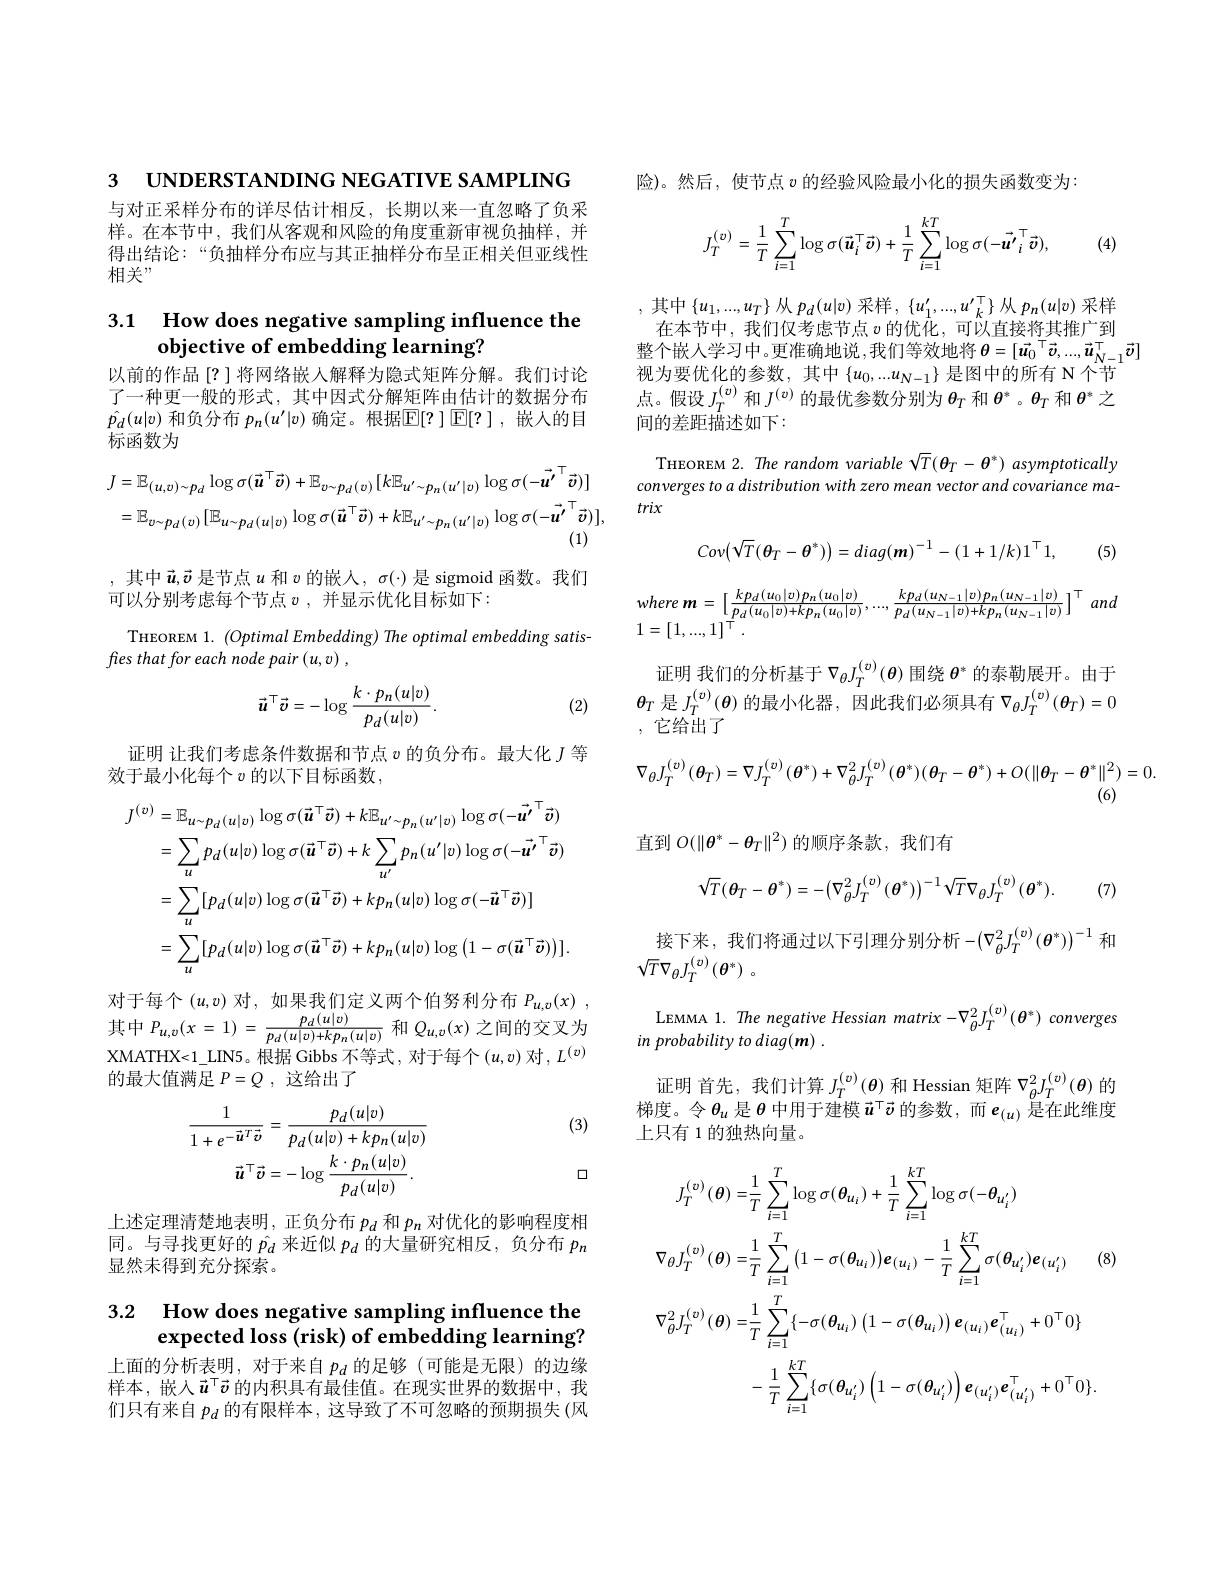
3 $\textbf{UNDERSTANDING NEGATIVE S}$

与对正采样分布的详尽估计相反，长期以来一直忽略了负采样。在本节中，我们从客观和风险的角度重新审视负抽样，并得出结论：“负抽样分布应与其正抽样分布呈正相关但亚线性相关”

## 3.1 How does negative sampli $\textbf{objective of embedding lea}$

以前的作品[?]将网络嵌人解释为隐式矩阵分解。我们讨论了一种更一般的形式，其中因式分解矩阵由估计的数据分布$\hat{p_d}(u|v)$和负分布$p_n(u^{\prime}$ 标函数为
$$J=\mathbb{E}_{(u,v)\sim p_{d}}\log\sigma(\vec{\boldsymbol{u}}^{\top}\vec{\boldsymbol{v}})+\mathbb{E}_{v\sim p_{d}(v)}[k\mathbb{E}_{u^{\prime}\sim p_{n}(u^{\prime}|v)}\log\sigma(-\vec{\boldsymbol{u^{\prime}}}^{\top}\vec{\boldsymbol{v}})]\\=\mathbb{E}_{v\sim p_{d}(v)}[\mathbb{E}_{u\sim p_{d}(u|v)}\log\sigma(\vec{\boldsymbol{u}}^{\top}\vec{\boldsymbol{v}})+k\mathbb{E}_{u^{\prime}\sim p_{n}(u^{\prime}|v)}\log\sigma(-\vec{\boldsymbol{u^{\prime}}}^{\top}\vec{\boldsymbol{v}})],\\\text{(1)}$$
,其中$\vec{\boldsymbol{u}},\vec{\boldsymbol{v}}$是节点
可以分别考虑每个节点$v$,并显示优化目标如下：
THEOREM 1. $(OptimalEmbeddin$
fies that for each node pair
$$\vec{\boldsymbol{u}}^{\top}\vec{\boldsymbol{v}}=-\log\frac{k\cdot p_{n}(u|v)}{p_{d}(u|v)}.$$
(2)

证明 让我们考虑条件数据和节点$v$的负分布。最大化
效于最小化每个$v$的以下目标函数，
$$\begin{aligned}J^{(v)}&=\mathbb{E}_{u\sim p_{d}(u|v)}\log\sigma(\vec{\boldsymbol{u}}^{\top}\vec{\boldsymbol{v}})+k\mathbb{E}_{u^{\prime}\sim p_{n}(u^{\prime}|v)}\log\sigma(-\vec{\boldsymbol{u}^{\prime}}^{\top}\vec{\boldsymbol{v}})\\&=\sum_{u}p_{d}(u|v)\log\sigma(\vec{\boldsymbol{u}}^{\top}\vec{\boldsymbol{v}})+k\sum_{u^{\prime}}p_{n}(u^{\prime}|v)\log\sigma(-\vec{\boldsymbol{u}^{\prime}}^{\top}\vec{\boldsymbol{v}})\\&=\sum_{u}[p_{d}(u|v)\log\sigma(\vec{\boldsymbol{u}}^{\top}\vec{\boldsymbol{v}})+kp_{n}(u|v)\log\sigma(-\vec{\boldsymbol{u}}^{\top}\vec{\boldsymbol{v}})]\\&=\sum_{u}[p_{d}(u|v)\log\sigma(\vec{\boldsymbol{u}}^{\top}\vec{\boldsymbol{v}})+kp_{n}(u|v)\log\left(1-\sigma(\vec{\boldsymbol{u}}^{\top}\vec{\boldsymbol{v}})\right)].\end{aligned}$$
对于每个$(u,v)$对，如果我们定义两个伯努利分布其中$P_{u,v}(x=1)=\frac{p_{d}(u|v)}{p_{d}(u|v)+kp_{n}(u|v)}$和$Q_{u,v}(x)$之间的交叉为XMATHX<1\_LIN5。根据 Gibbs 不等式， 的最大值满足$P= Q$ ,这给出了

(3)
$$\frac{1}{1+e^{-\vec{\boldsymbol{u}}^{T}\vec{\boldsymbol{v}}}}=\frac{p_{d}(u|v)}{p_{d}(u|v)+kp_{n}(u|v)}\\\vec{u}^{\top}\vec{v}=-\log\frac{k\cdot p_{n}(u|v)}{p_{d}(u|v)}.$$
口

上述定理清楚地表明，正负分布$p_d$和$p_n$ 同。与寻找更好的$\hat{p_d}$来近似$p_d$ 显然未得到充分探索。

## 3.2 How does negative samp expected loss (risk) of embe

上面的分析表明，对于来自$p_d$的足够(可能是无限)的边缘样本，嵌入$\vec{u}^{\top}\vec{v}$ 的内积具有最佳值们只有来自$p_d$的有限样本，这导致了不可忽略的

险)。然后，使节点$v$的经验风险最小化的损失函数变
$$J_{T}^{(v)}=\frac{1}{T}\sum_{i=1}^{T}\log\sigma(\vec{\boldsymbol{u}}_{i}^{\top}\vec{\boldsymbol{v}})+\frac{1}{T}\sum_{i=1}^{kT}\log\sigma(-\vec{\boldsymbol{u'}}_{i}^{\top}\vec{\boldsymbol{v}}),$$
(4,

,其中$\{u_1,...,u_T\}$从$p_d(u$ 在本节中，我们仅考虑节点$v$的优化，可以直接将其推整个嵌人学习中。更准确地说，我们等效地将$\theta=[\vec{\boldsymbol$
视为要优化的参数，其中$\left\{u_0,...u_{N-1}\right\}$ 点。假设$J_T^(v)$和$J^(v)$的最优参间的差距描述如下：

THEOREM 2. The random variab converges to a distribution trix
$$Cov\big(\sqrt{T}(\boldsymbol{\theta}_T-\boldsymbol{\theta}^*)\big)=diag(\boldsymbol{m})^{-1}-(1+1/k)1^\top1,$$
$where\:m=\left[\frac{kp_{d}(u_{0}|v)$

证明 我们的分析基于$\nabla_\theta J_T^{(v)}(\boldsymbol{\theta}$ $\boldsymbol{\theta}_{T}$是$J_T^{(v)}(\boldsymbol{\theta}$ ,它给出了
$$\nabla_{\theta}J_{T}^{(v)}(\theta_{T})=\nabla J_{T}^{(v)}(\theta^{*})+\nabla_{\theta}^{2}J_{T}^{(v)}(\theta^{*})(\theta_{T}-\theta^{*})+O(\|\theta_{T}-\theta^{*}\|^{2})=0.$$
直到$O(\|\theta^*-\theta_T\|^2)$的顺序条款，我们有
$$\sqrt{T}(\theta_{T}-\theta^{*})=-\left(\nabla_{\theta}^{2}J_{T}^{(v)}(\theta^{*})\right)^{-1}\sqrt{T}\nabla_{\theta}J_{T}^{(v)}(\theta^{*}).$$
(7,

接下来，我们将通过以下引理分别分析$-(\nabla_\theta^2J_T$
$\sqrt{T}\nabla_{\theta}J_{T}^{(v)}\left(\boldsymbol{\theta}^$

LEMMA 1. The negative Hessia
$in$ probability to diaq(m)

证明 首先，我们计算$J_T^{(v)}(\boldsymbol{\theta})$ 梯度。令$\theta_u$是$\theta$中用于建模$\vec{u}$ 上只有 1 的独热向量。

(8,
$$\begin{aligned}J_{T}^{(v)}(\boldsymbol{\theta})=&\frac{1}{T}\sum_{i=1}^{T}\log\sigma(\boldsymbol{\theta}_{u_{i}})+\frac{1}{T}\sum_{i=1}^{kT}\log\sigma(-\boldsymbol{\theta}_{u_{i}^{\prime}})\\\nabla_{\theta}J_{T}^{(v)}(\boldsymbol{\theta})=&\frac{1}{T}\sum_{i=1}^{T}\left(1-\sigma(\boldsymbol{\theta}_{u_{i}})\right)\boldsymbol{e}_{(u_{i})}-\frac{1}{T}\sum_{i=1}^{kT}\sigma(\boldsymbol{\theta}_{u_{i}^{\prime}})\boldsymbol{e}_{(u_{i}^{\prime})}\\\nabla_{\theta}^{2}J_{T}^{(v)}(\boldsymbol{\theta})=&\frac{1}{T}\sum_{i=1}^{T}\{-\sigma(\boldsymbol{\theta}_{u_{i}})\left(1-\sigma(\boldsymbol{\theta}_{u_{i}})\right)\boldsymbol{e}_{(u_{i})}\boldsymbol{e}_{(u_{i})}^{\top}+0^{\top}0\}\\&-\frac{1}{T}\sum_{i=1}^{kT}\{\sigma(\boldsymbol{\theta}_{u_{i}^{\prime}})\left(1-\sigma(\boldsymbol{\theta}_{u_{i}^{\prime}})\right)\boldsymbol{e}_{(u_{i}^{\prime})}\boldsymbol{e}_{(u_{i}^{\prime})}^{\top}+0^{\top}0\}.\end{aligned}$$